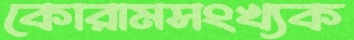
কোরামসংখ্যক